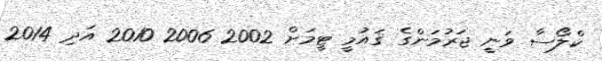
ކްލޯސާ ވަނީ ޖަރުމަންގެ ޤައުމީ ޓީމަށް 2002 2006 2010 އަދި 2014